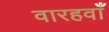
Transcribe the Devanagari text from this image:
वारहवाँ